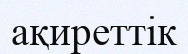
ақиреттік